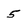
Character: 5